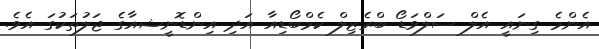
އެންމެ ގިނައީ އެލް ސަލްވަޑޯ ބްރެޒިލް ކެމްބޯޑިއާ އަދި އިންޑޮނީޝއާގެ ޖަލުތަކުގަ އެވެ.